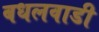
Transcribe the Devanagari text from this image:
बधलवाडी